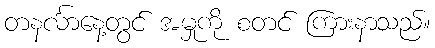
တနင်္လာနေ့တွင် အမှုကို စတင် ကြားနာသည်။